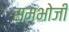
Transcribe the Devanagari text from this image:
समभोजी